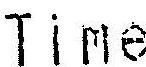
TIME